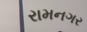
રામનગર